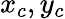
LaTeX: x_{c},y_{c}